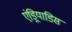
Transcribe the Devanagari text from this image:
एंड्रियाडिस